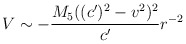
\begin{align*}V \sim -\frac{M_{5}((c')^2 - v^2)^2}{c'} r^{-2}\end{align*}